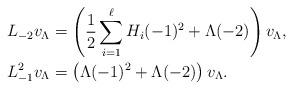
LaTeX: \begin{align*}L_{-2}v_{\Lambda}&=\left(\frac{1}{2}\sum_{i=1}^{\ell}H_{i}(-1)^{2}+\Lambda(-2)\right)v_{\Lambda}, \\L_{-1}^{2}v_{\Lambda}&=\left(\Lambda(-1)^{2}+\Lambda(-2)\right)v_{\Lambda}.\end{align*}